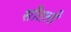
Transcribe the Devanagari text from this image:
सौतली